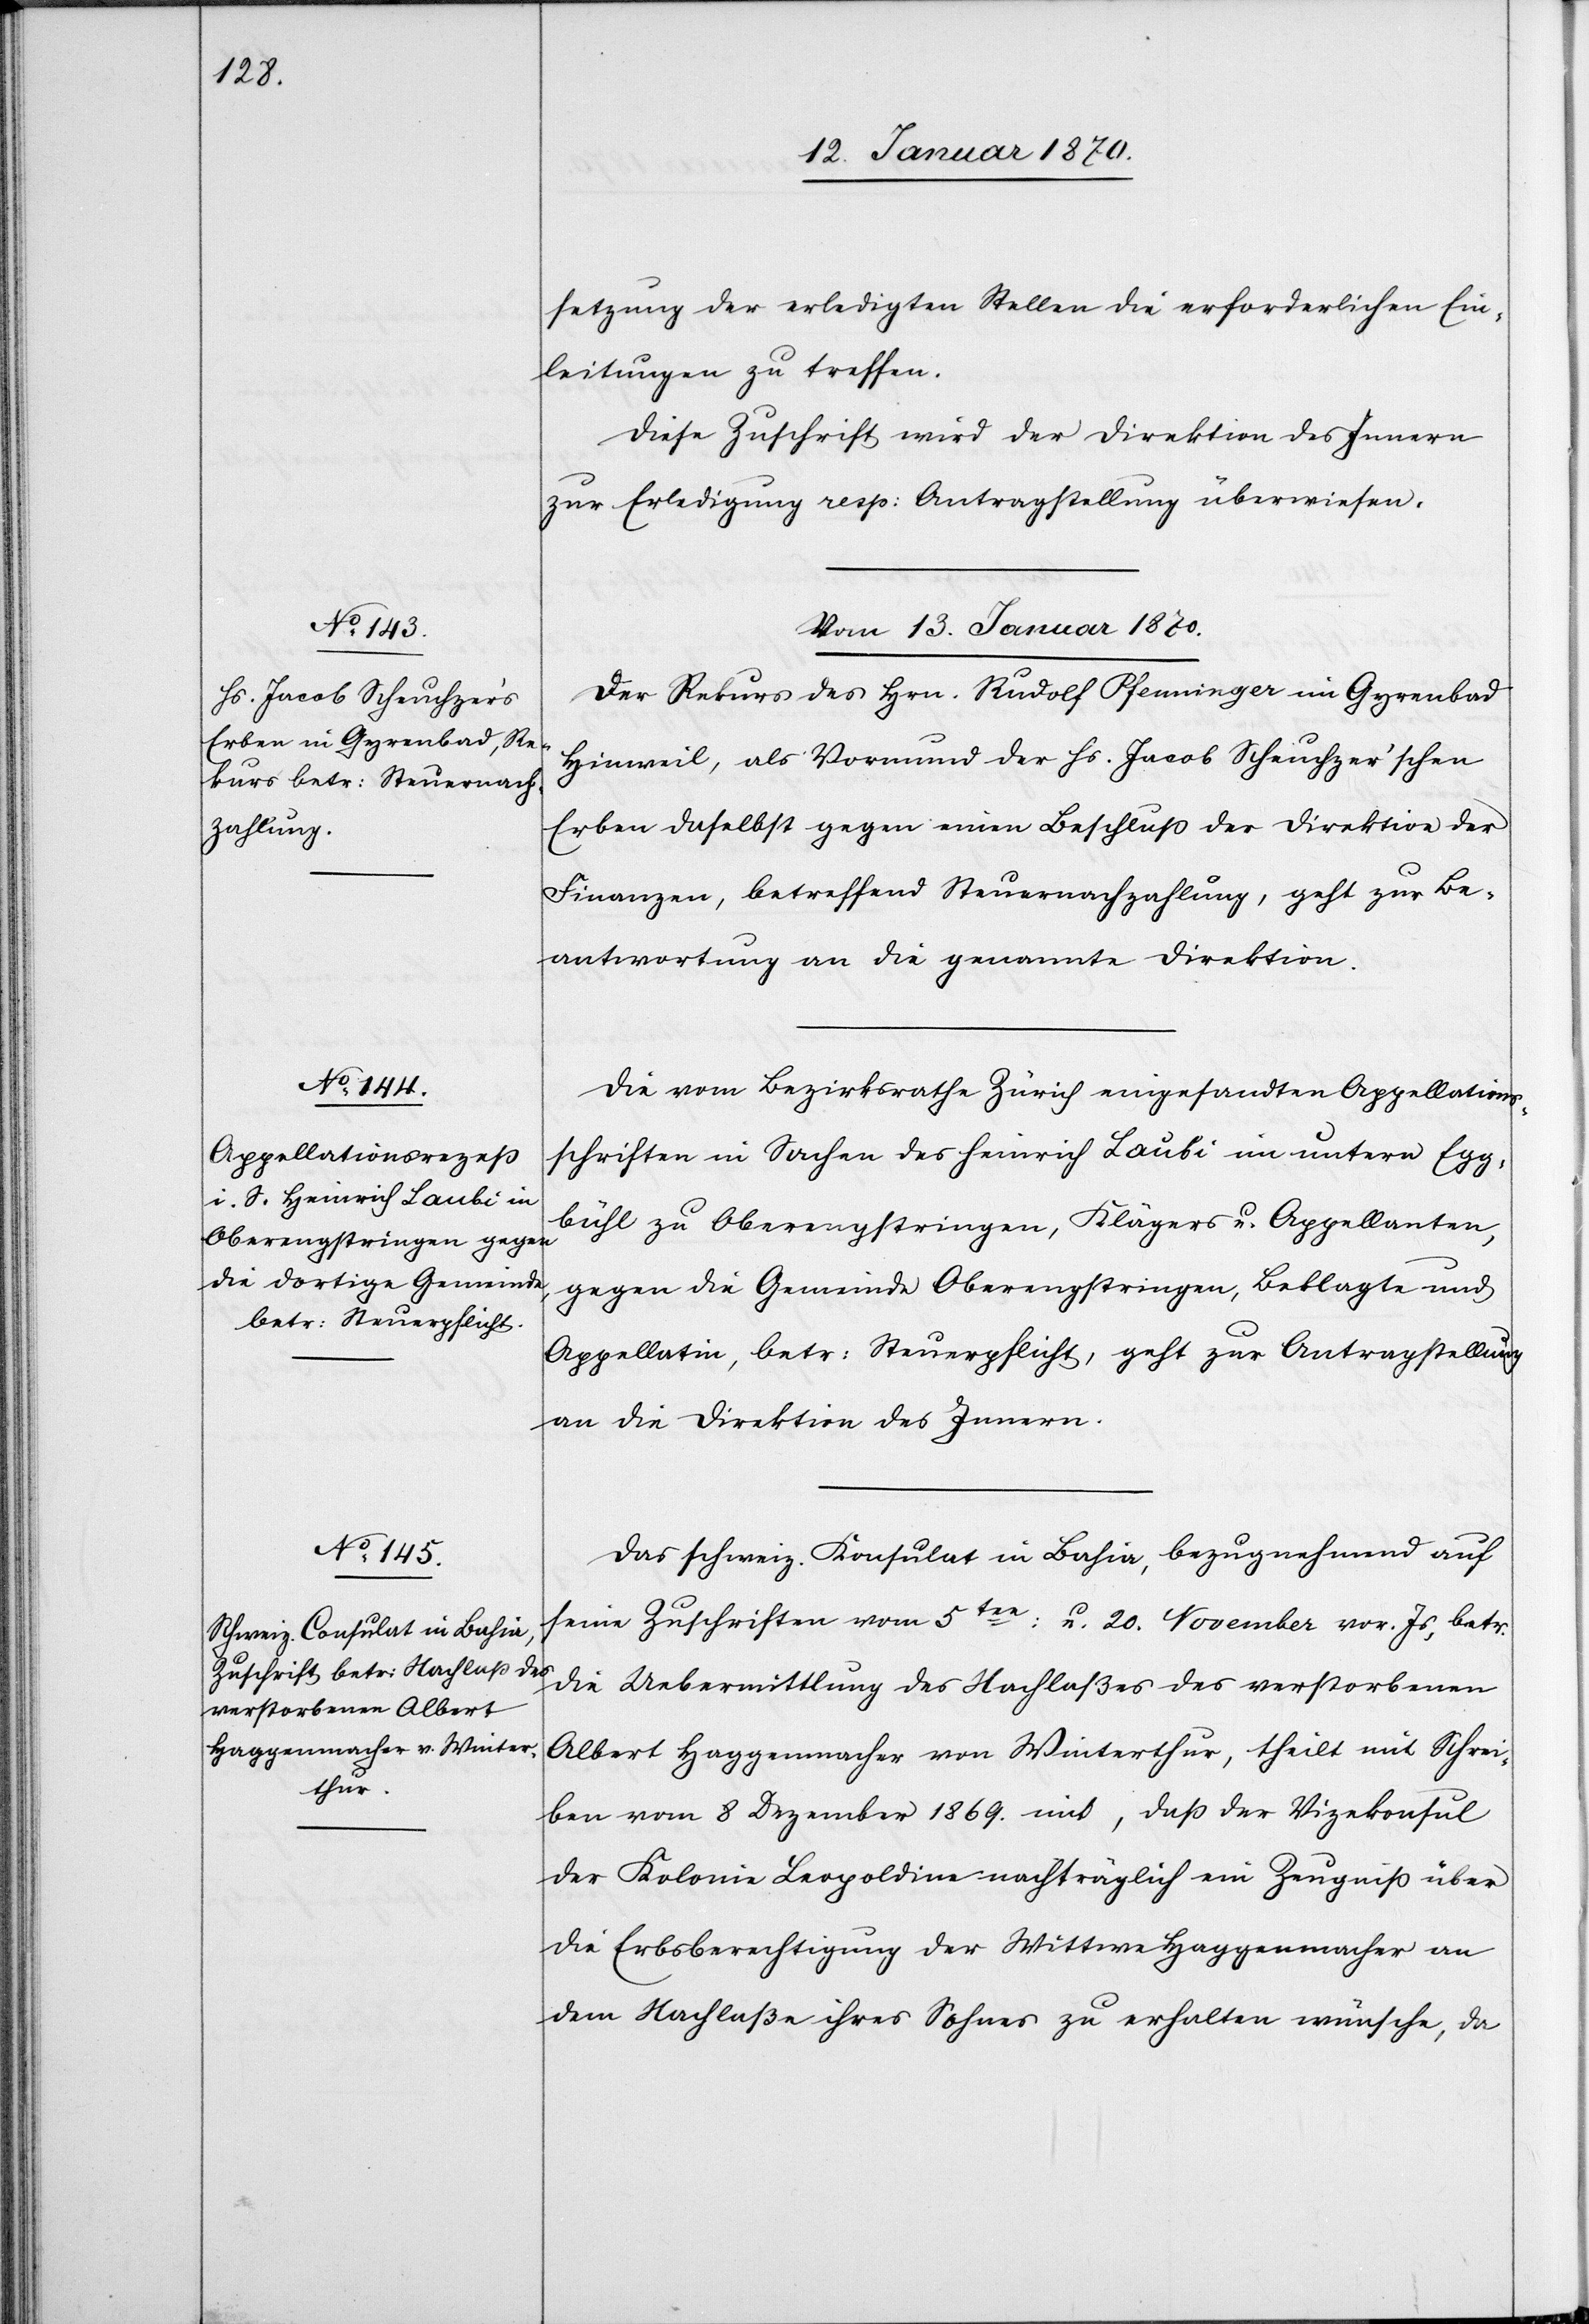
setzung der erledigten Stellen die erforderlichen Ein¬
leitungen zu treffen.
Diese Zuschrift wird der Direktion des Innern
zur Erledigung resp: Antragstellung überwiesen.
Vom 13. Januar 1870.]
Der Rekurs des Hrn. Rudolf Pfenninger im Gyrenbad
Hinweil, als Vormund der Hs. Jacob Scheuchzer’schen
Erben daselbst gegen einen Beschluß der Direktion der
Finanzen, betreffend Steuernachzahlung, geht zur Be¬
antwortung an die genannte Direktion.
Die vom Bezirksrathe Zürich eingesandten Appellations¬
schriften in Sachen des Heinrich Laubi im untern Egg¬
bühl zu Oberengstringen, Klägers u. Appellanten,
gegen die Gemeinde Oberengstringen, Beklagte und
Appellatin, betr: Steuerpflicht, geht zur Antragstellung
an die Direktion des Innern.
Das schweiz. Konsulat in Bahia, bezugnehmend auf
seine Zuschriften vom 5ten: u. 20. November vor. Js, betr.
die Uebermittlung des Nachlaßes des verstorbenen
Albert Haggenmacher von Winterthur, theilt mit Schrei¬
ben vom 8 Dezember 1869. mit, daß der Vizekonsul
der Kolonie Leopoldine nachträglich ein Zeugniß über
die Erbsberechtigung der Wittwe Haggenmacher an
dem Nachlaße ihres Sohnes zu erhalten wünsche, da